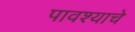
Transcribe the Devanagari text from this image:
पावश्याचे